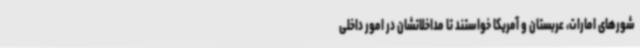
شورهای امارات، عربستان و آمریکا خواستند تا مداخلاتشان در امور داخلی